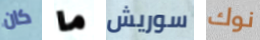
كان ما سوريش نوك